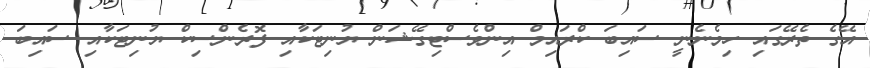
އޭގެ ތެރޭގައި ހިމެނެނީ ސައިބަ ކްރައިމް އިންވެސްޓިގޭޝަން ޔުނިޓަކާއި ފޮރެންސިކް ޔުނިޓަކާއި ސައިބަ